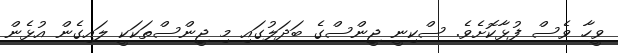
ވީހާ ވެސް ފުޅާކޮށެވެ. ސްކިނީ ޖީންސްގެ ބަދަލުގައި މި ޖީންސްތަކަކީ ލައިގެން އުޅެން